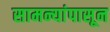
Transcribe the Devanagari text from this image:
सामन्यांपासून